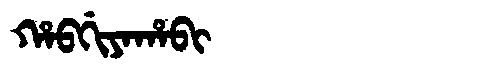
Manchu: ᡥᠠᠪᡤᡳᠶᠠᡥᠠᠪᡳ
Romanization: HABGIYAHABI